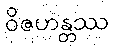
ဝိဇဟန္တဿ